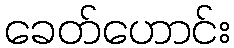
ခေတ်ဟောင်း